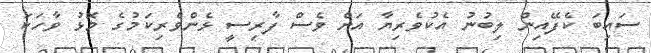
ސައިބަ ކެފޭއިން ލިބުނު އެކުވެރިޔާ އަށް ވެސް ފާރިސީ ޅެންވެރިކަމުގެ މޮޅު ވާހަކަ